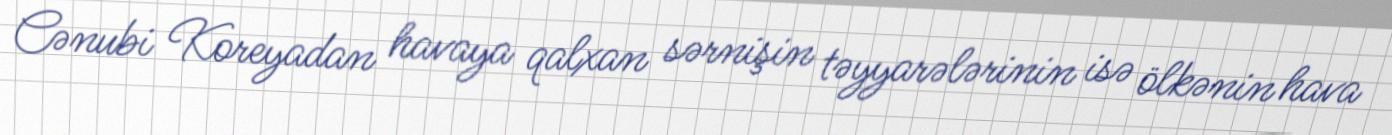
Cənubi Koreyadan havaya qalxan sərnişin təyyarələrinin isə ölkənin hava